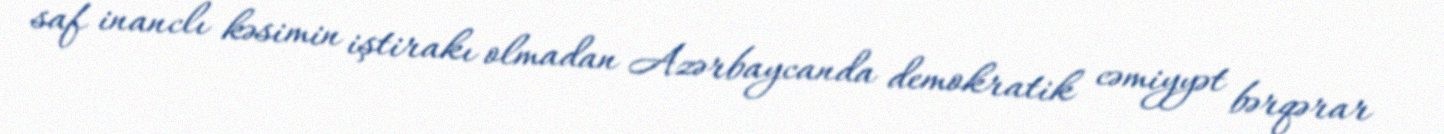
saf inanclı kəsimin iştirakı olmadan Azərbaycanda demokratik cəmiyyət bərqərar